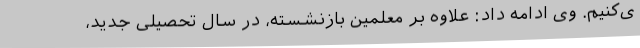
ی‌کنیم. وی ادامه داد: علاوه بر معلمین بازنشسته، در سال تحصیلی جدید،